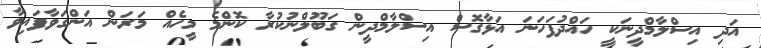
އަދި އިސްލާމްދީނަކީ ހައްދުފަހަނަ އަޅާގޮސް އިސްލާމްދީން ގަބޫލްނުކުރާ ކޮންމެ މީހެއް މަރަން އަންގަވާފައިވާ